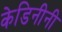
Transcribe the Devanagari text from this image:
केडिनीनी